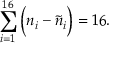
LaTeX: \sum _ { i = 1 } ^ { 1 6 } \Big ( n _ { i } - \tilde { n } _ { i } \Big ) = 1 6 .